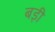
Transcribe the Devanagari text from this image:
बड़़ी